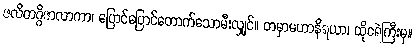
ဇလိတဂ္ဂိဇာလာကာ၊ ပြောင်ပြောင်တောက်သောမီးလျှင်။ တမှာမဟာနိရယာ၊ ထိုငရဲကြီးမှ။